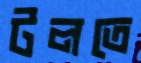
টলতে